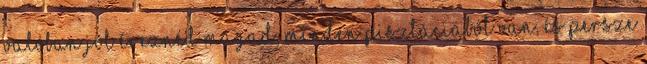
Valóban jól éreznéd magad, minden pisztáciából van, és persze